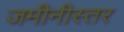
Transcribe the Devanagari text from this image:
जमीनीस्तर